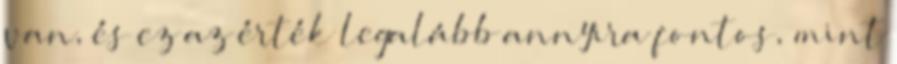
van, és ez az érték legalább annyira fontos, mint